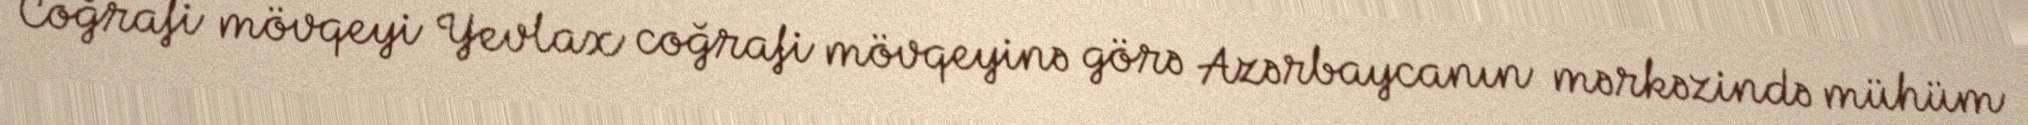
Coğrafi mövqeyi Yevlax coğrafi mövqeyinə görə Azərbaycanın mərkəzində mühüm